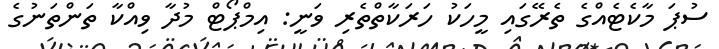
ސުޕަ މާކެޓެއްގެ ތެރޭގައި މީހަކު ހަރަކާތްތެރި ވަނީ: އިމްޕޯޓް މުދާ ވިއްކާ ތަންތަނުގެ